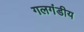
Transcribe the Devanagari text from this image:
गलगंडीय